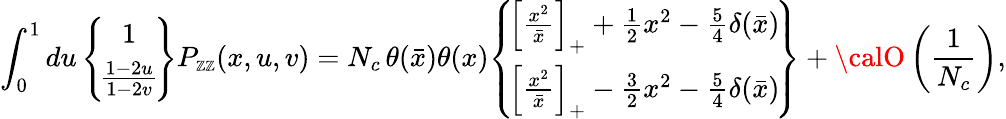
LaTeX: \int_{0}^{1}du\, \! \left\{ \! \begin{array}{c}{{1}}\\ {{\frac{1-2u}{1-2v}}}\end{array}\! \right\} P_{\scriptscriptstyle\cal\mathbb{Z}\mathbb{Z}}(x,u,v)=N_{c}\, \theta(\bar{{x}})\theta(x)\! \left\{ \! \begin{array}{c}{{\left[\frac{x^{2}}{\bar{x}}\right]_{+}+\frac{1}{2}x^{2}-\frac{5}{4}\delta(\bar{x})}}\\ {{\left[\frac{x^{2}}{\bar{x}}\right]_{+}-\frac{3}{2}x^{2}-\frac{5}{4}\delta(\bar{x})}}\end{array}\! \right\} +{\calO}\left(\frac{{1}}{{N_{c}}}\right),